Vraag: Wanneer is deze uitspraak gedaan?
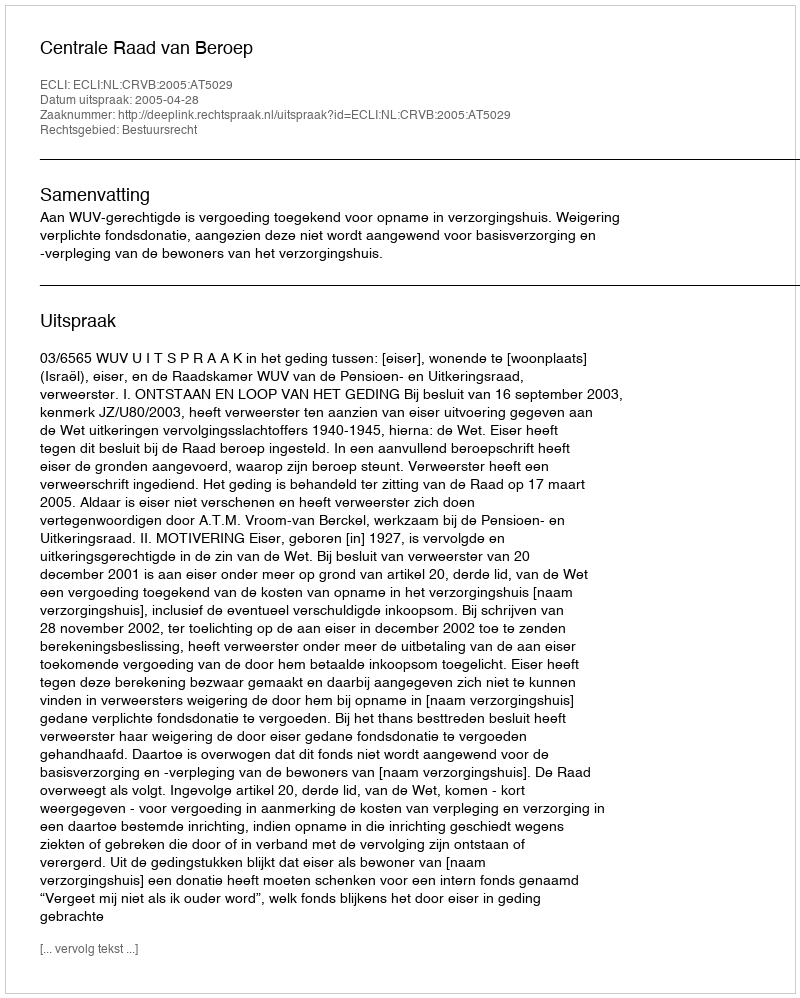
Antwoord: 2005-04-28